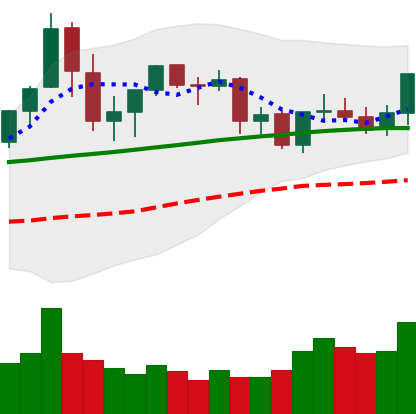
Ticker: ETC-USD
Chart end date: 2021-09-01
Forward return: 6.69%
Label: up_5_7